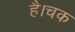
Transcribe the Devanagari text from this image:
है।चक